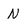
Character: N